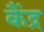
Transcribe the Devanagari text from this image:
कैंद्र